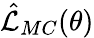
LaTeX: \hat{\mathcal{L}}_{MC}(\theta)